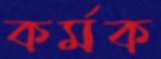
কর্মক